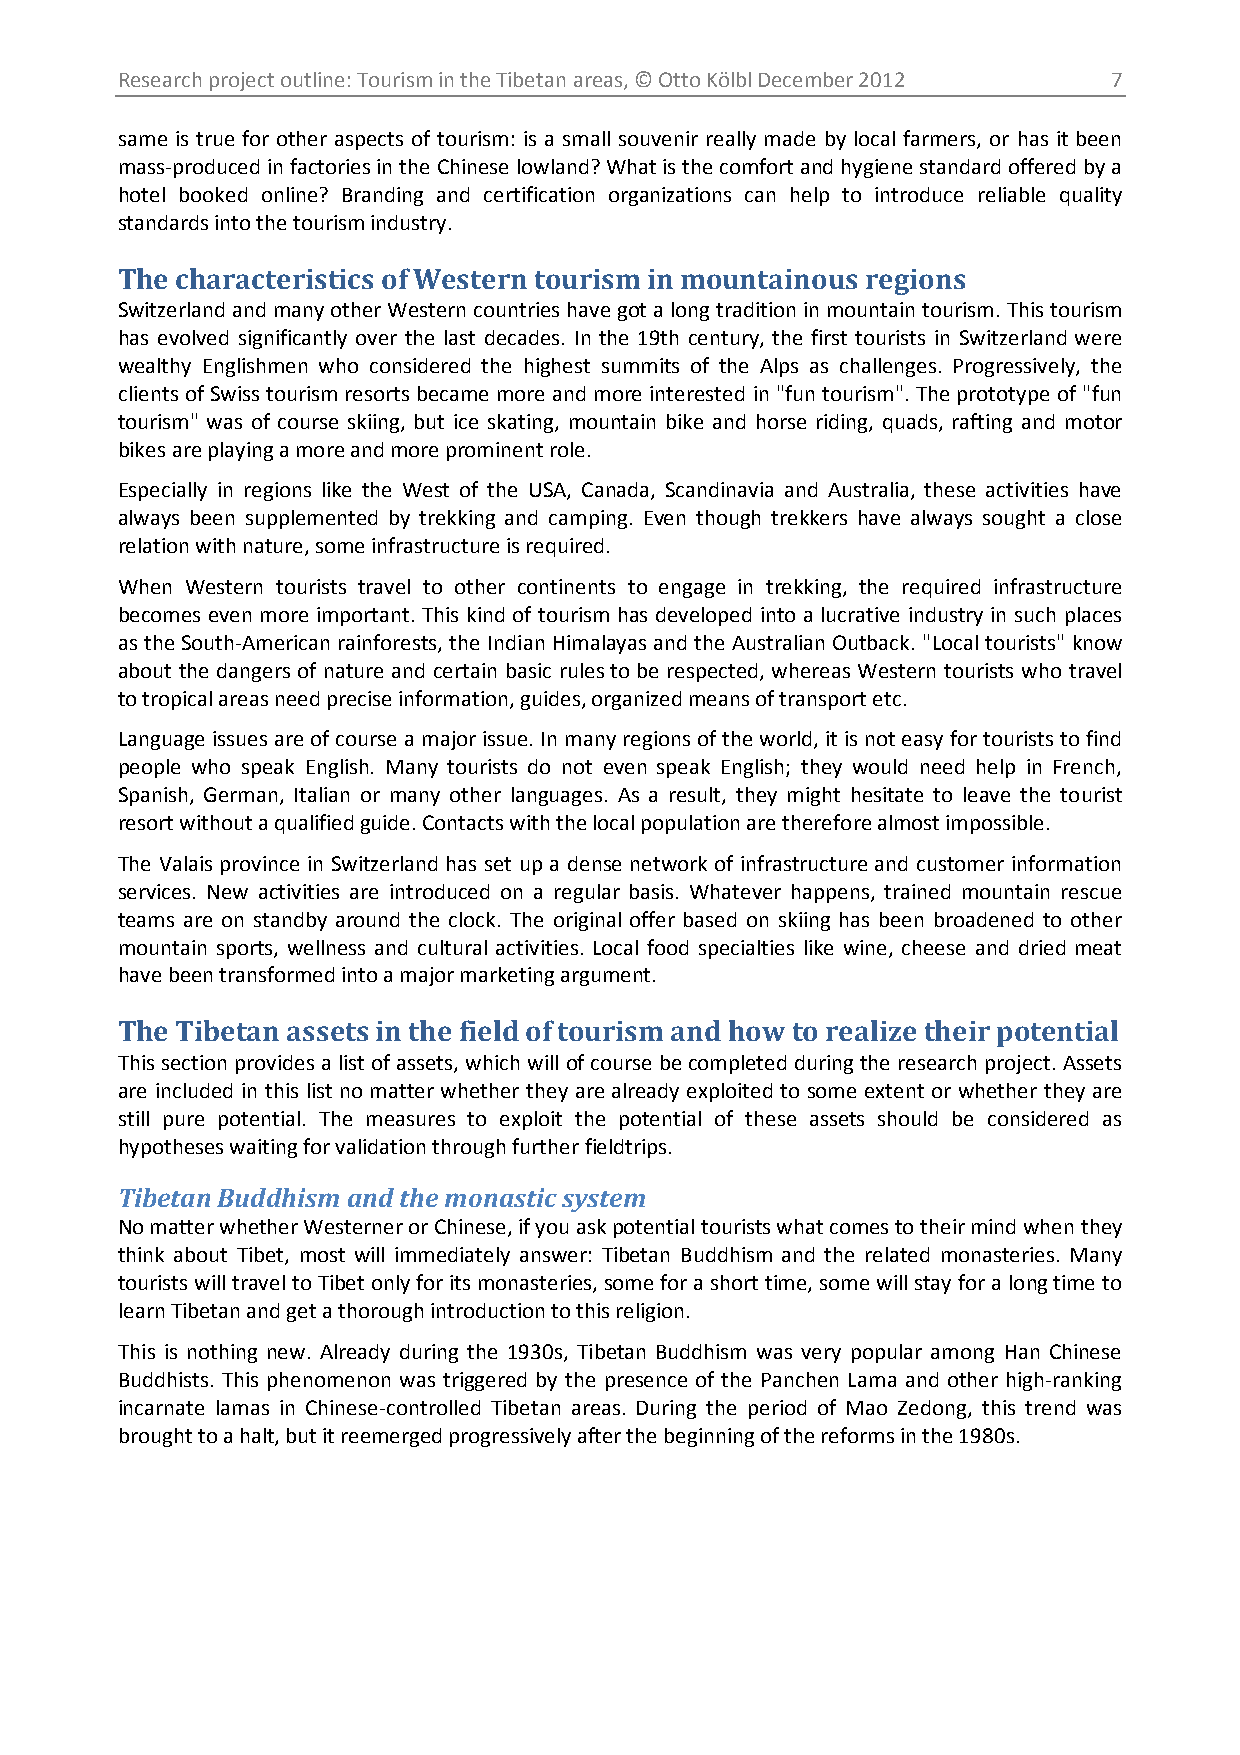
Research project outline: Tourism in the Tibetan areas, © Otto Kölbl December 2012 7
 same is true for other aspects of tourism: is a small souvenir really made by local farmers, or has it been
 mass-produced in factories in the Chinese lowland? What is the comfort and hygiene standard offered by a
 hotel booked online? Branding and certification organizations can help to introduce reliable quality
 standards into the tourism industry.
 The characteristics of Western tourism in mountainous regions
 Switzerland and many other Western countries have got a long tradition in mountain tourism. This tourism
 has evolved significantly over the last decades. In the 19th century, the first tourists in Switzerland were
 wealthy Englishmen who considered the highest summits of the Alps as challenges. Progressively, the
 clients of Swiss tourism resorts became more and more interested in "fun tourism". The prototype of "fun
 tourism" was of course skiing, but ice skating, mountain bike and horse riding, quads, rafting and motor
 bikes are playing a more and more prominent role.
 Especially in regions like the West of the USA, Canada, Scandinavia and Australia, these activities have
 always been supplemented by trekking and camping. Even though trekkers have always sought a close
 relation with nature, some infrastructure is required.
 When Western tourists travel to other continents to engage in trekking, the required infrastructure
 becomes even more important. This kind of tourism has developed into a lucrative industry in such places
 as the South-American rainforests, the Indian Himalayas and the Australian Outback. "Local tourists" know
 about the dangers of nature and certain basic rules to be respected, whereas Western tourists who travel
 to tropical areas need precise information, guides, organized means of transport etc.
 Language issues are of course a major issue. In many regions of the world, it is not easy for tourists to find
 people who speak English. Many tourists do not even speak English; they would need help in French,
 Spanish, German, Italian or many other languages. As a result, they might hesitate to leave the tourist
 resort without a qualified guide. Contacts with the local population are therefore almost impossible.
 The Valais province in Switzerland has set up a dense network of infrastructure and customer information
 services. New activities are introduced on a regular basis. Whatever happens, trained mountain rescue
 teams are on standby around the clock. The original offer based on skiing has been broadened to other
 mountain sports, wellness and cultural activities. Local food specialties like wine, cheese and dried meat
 have been transformed into a major marketing argument.
 The Tibetan assets in the field of tourism and how to realize their potential
 This section provides a list of assets, which will of course be completed during the research project. Assets
 are included in this list no matter whether they are already exploited to some extent or whether they are
 still pure potential. The measures to exploit the potential of these assets should be considered as
 hypotheses waiting for validation through further fieldtrips.
 Tibetan Buddhism and the monastic system
 No matter whether Westerner or Chinese, if you ask potential tourists what comes to their mind when they
 think about Tibet, most will immediately answer: Tibetan Buddhism and the related monasteries. Many
 tourists will travel to Tibet only for its monasteries, some for a short time, some will stay for a long time to
 learn Tibetan and get a thorough introduction to this religion.
 This is nothing new. Already during the 1930s, Tibetan Buddhism was very popular among Han Chinese
 Buddhists. This phenomenon was triggered by the presence of the Panchen Lama and other high-ranking
 incarnate lamas in Chinese-controlled Tibetan areas. During the period of Mao Zedong, this trend was
 brought to a halt, but it reemerged progressively after the beginning of the reforms in the 1980s.